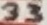
Text: 33